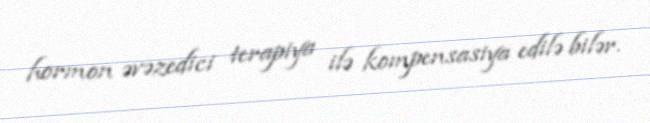
hormon əvəzedici terapiya ilə kompensasiya edilə bilər.